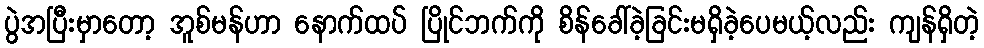
ပွဲအပြီးမှာတော့ အူစ်မန်ဟာ နောက်ထပ် ပြိုင်ဘက်ကို စိန်ခေါ်ခဲ့ခြင်းမရှိခဲ့ပေမယ့်လည်း ကျန်ရှိတဲ့